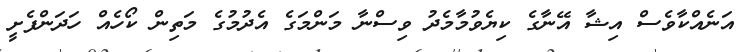
އަނެއްކާވެސް އިޝާ އޭނާގެ ކިޔެވުމާމެދު ވިސްނާ މަންމަގެ އެދުމުގެ މަތިން ކޯހެއް ހަދަންފެށީ